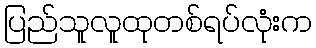
ပြည်သူလူထုတစ်ရပ်လုံးက